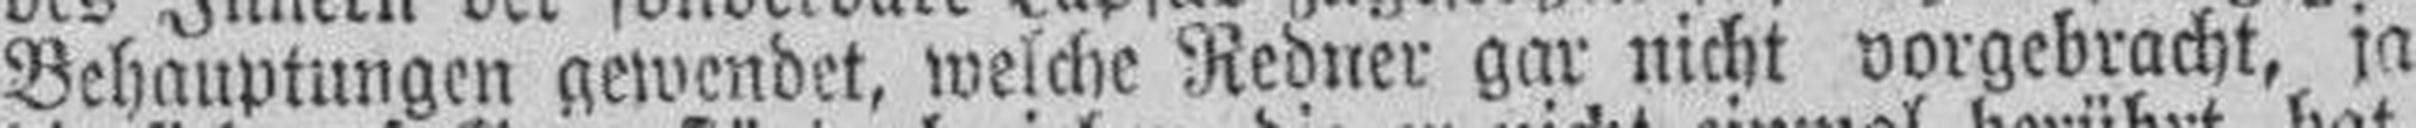
Behauptungen gewendet, welche Redner gar nicht vorgebracht, ja